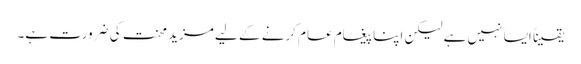
یقیناً ایسا نہیں ہے لیکن اپنا پیغام عام کرنے کے لیے مزید محنت کی ضرورت ہے۔